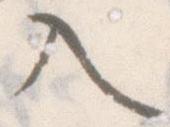
入